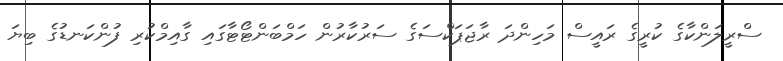
ސްރީލަންކާގެ ކުރީގެ ރައީސް މަހިންދަ ރާޖަޕަކްސަގެ ސަރުކާރުން ހަމްބަންޓޯޓާގައި ގާއިމްކުރި ފުންކަނޑުގެ ބިޔަ